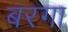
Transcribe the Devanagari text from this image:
बरगा